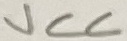
Text: VCC